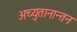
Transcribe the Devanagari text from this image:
अच्युतानान्तन